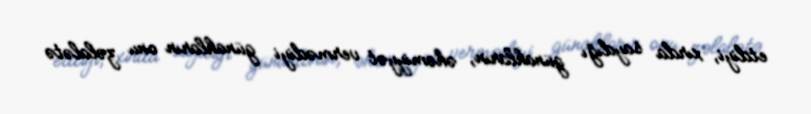
etdiyi, xırda saydığı günahların, əhəmiyyət vermədiyi günahların onu zəlalətə